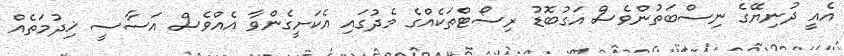
އެއީ ދުނިޔޭގެ ނިސްބަތުންވެސް އަގުބޮޑު ރިސޯޓްތަކެއްގެ މެދުގައި އެކަށީގެންވާ އެއްވެސް އަސާސީ ޚިދުމަތެއް